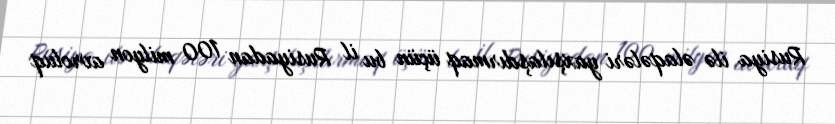
Rusiya ilə əlaqələri yaxşılaşdırmaq üçün bu il Rusiyadan 100 milyon avroluq